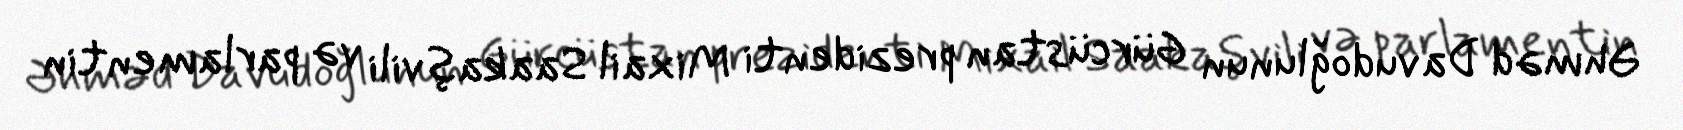
Əhməd Davudoğlunun Gürcüstan prezidenti Mixail Saakaşvili və parlamentin